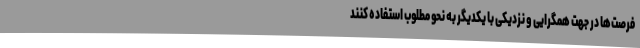
فرصت‌ها در جهت همگرایی و نزدیکی با یکدیگر به نحو مطلوب استفاده کنند